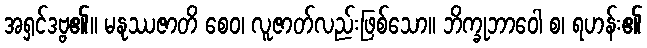
အရှင်ဒဗ္ဗ၏။ မနုဿဇာတိ စေဝ၊ လူဇာတ်လည်းဖြစ်သော။ ဘိက္ခုဘာဝေါ စ၊ ရဟန်း၏